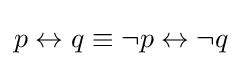
p\leftrightarrow q\equiv \neg p\leftrightarrow \neg q